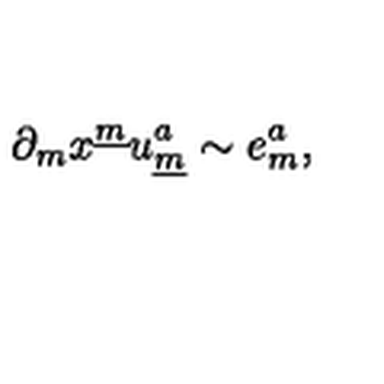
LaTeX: \partial _ { m } x ^ { \underline { { m } } } u _ { \underline { { m } } } ^ { a } { } \sim e _ { m } ^ { a } ,